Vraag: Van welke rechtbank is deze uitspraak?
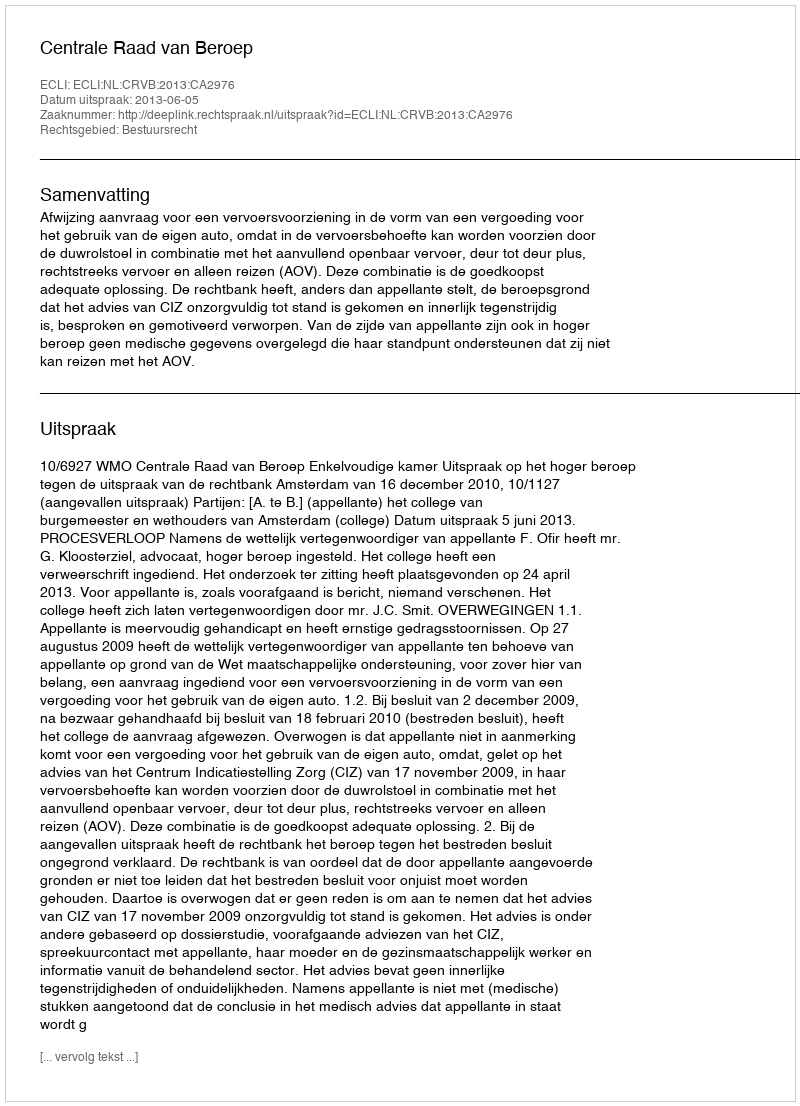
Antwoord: Centrale Raad van Beroep